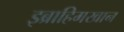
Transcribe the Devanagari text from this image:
इब्राहिमखान